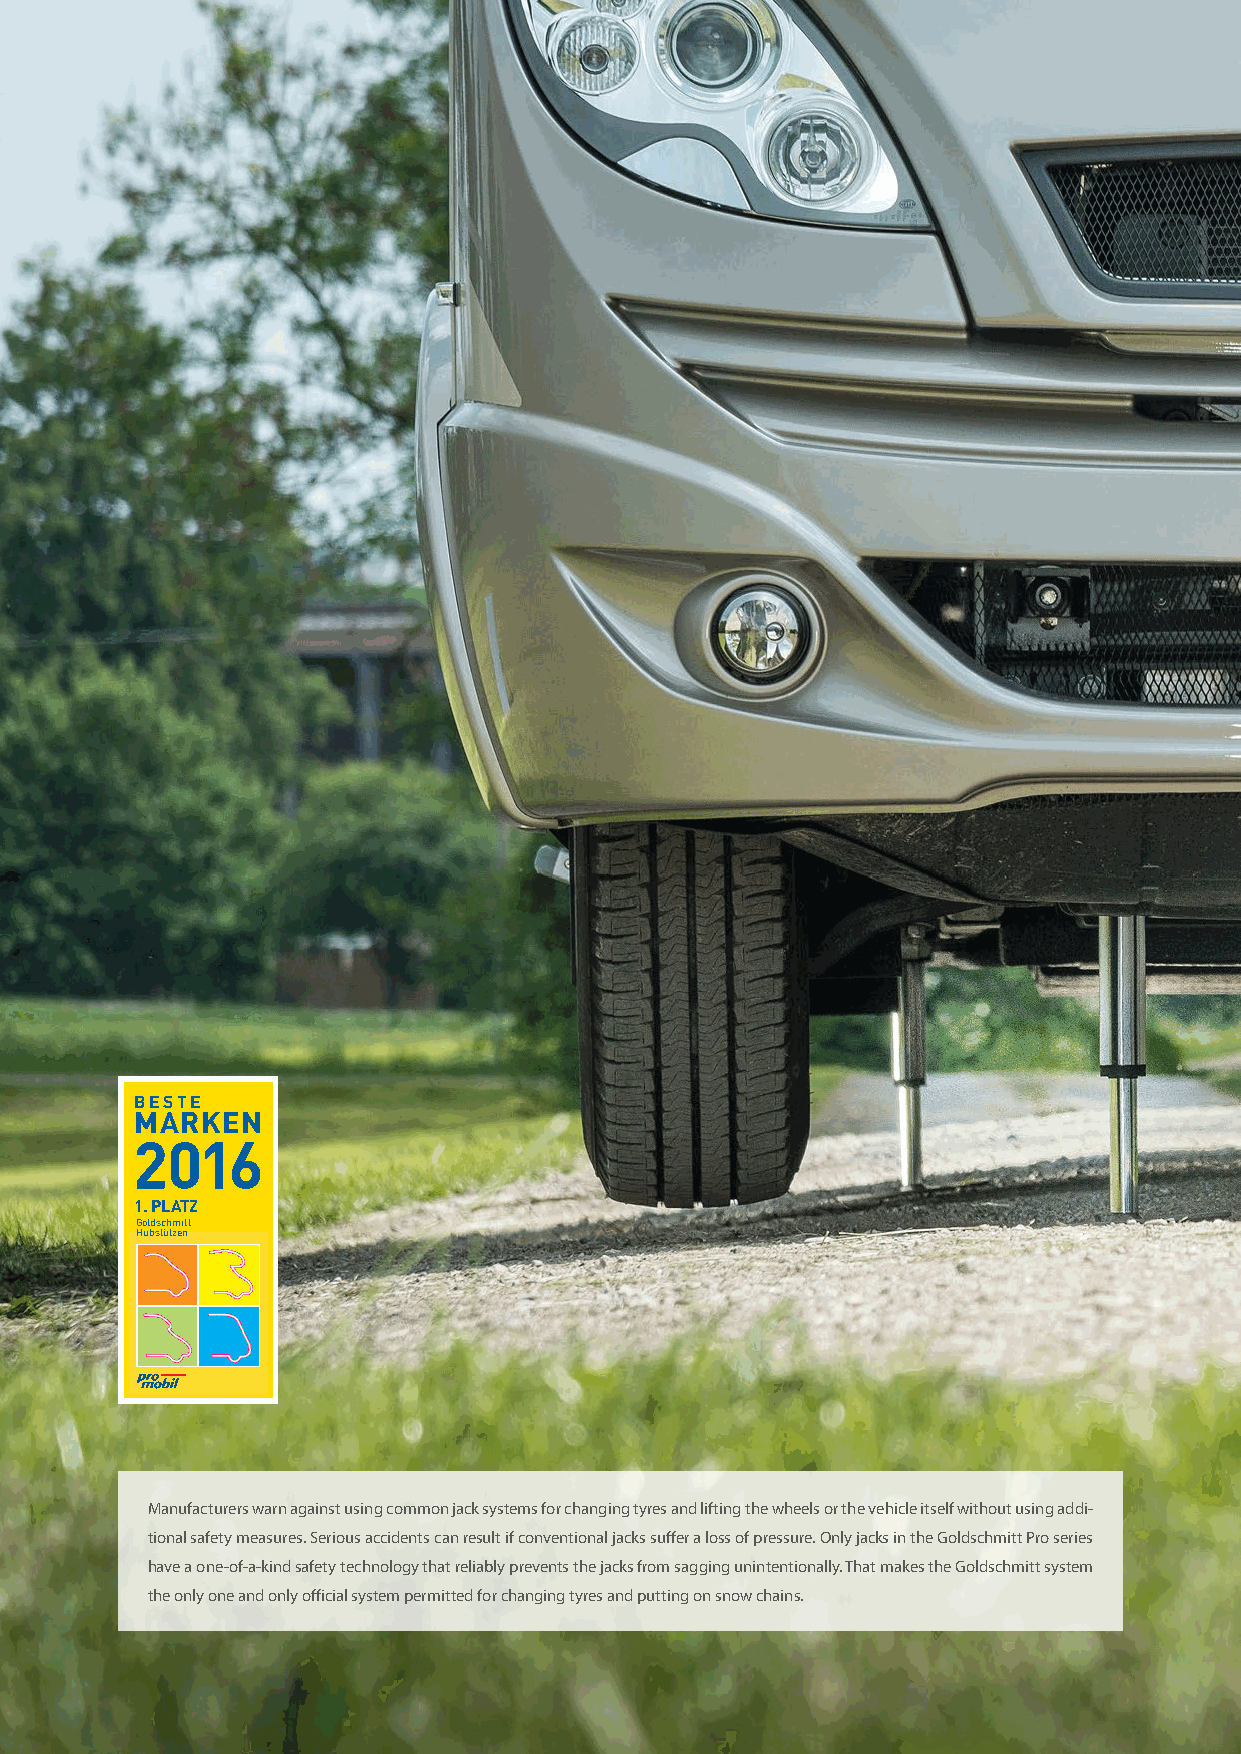
BESTE
 MARKEN
 2016
 1. PLATZ
 Goldschmitt
 Hubstützen
 Manufacturers warn against using common jack systems for changing tyres and lifting the wheels or the vehicle itself without using addi-
 tional safety measures. Serious accidents can result if conventional jacks suffer a loss of pressure. Only jacks in the Goldschmitt Pro series
 have a one-of-a-kind safety technology that reliably prevents the jacks from sagging unintentionally. That makes the Goldschmitt system
 the only one and only official system permitted for changing tyres and putting on snow chains.
 61